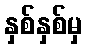
နှစ်နှစ်မှ